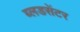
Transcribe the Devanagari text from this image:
ब्लडसेंटर